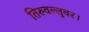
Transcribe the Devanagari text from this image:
तिरुवल्लुवर।